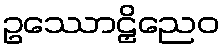
ဥဿောဠှိညေဝ